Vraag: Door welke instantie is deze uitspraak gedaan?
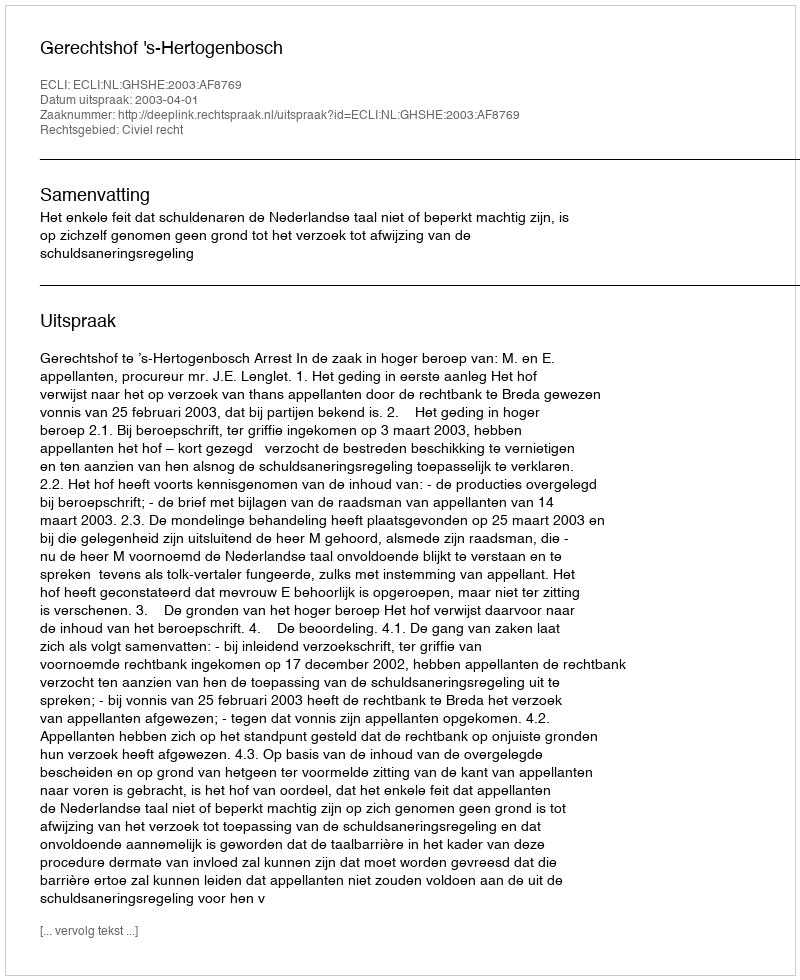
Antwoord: Gerechtshof 's-Hertogenbosch